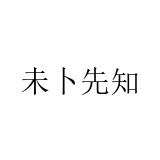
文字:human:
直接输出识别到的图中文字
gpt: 未卜先知